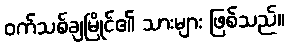
ဝက်သစ်ချမြိုင်၏ သားများ ဖြစ်သည်။